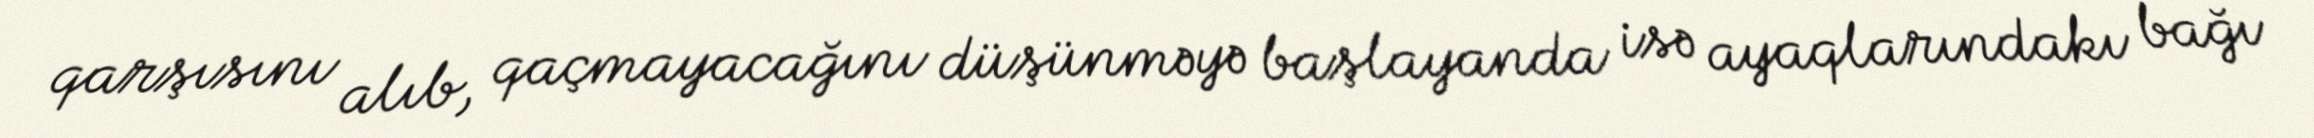
qarşısını alıb, qaçmayacağını düşünməyə başlayanda isə ayaqlarındakı bağı